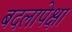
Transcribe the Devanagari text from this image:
बदलापेक्षा